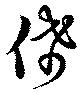
俙